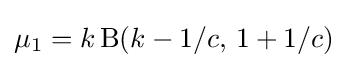
\mu _{1}=k\operatorname {\mathrm {B} } (k-1/c,\,1+1/c)